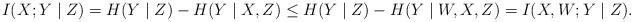
LaTeX: \begin{align*} I(X; Y \mid Z) = H(Y \mid Z) - H(Y \mid X, Z) \le H(Y \mid Z) - H(Y \mid W, X, Z) = I(X, W; Y \mid Z). \end{align*}